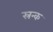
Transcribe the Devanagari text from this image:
स्रन्क